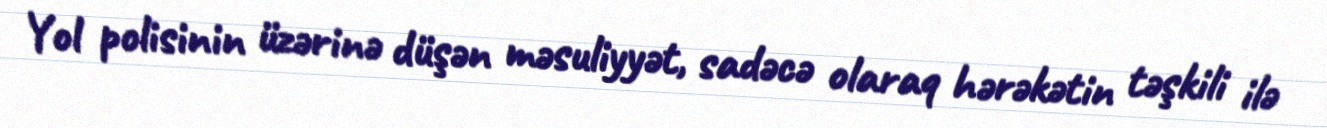
Yol polisinin üzərinə düşən məsuliyyət, sadəcə olaraq hərəkətin təşkili ilə